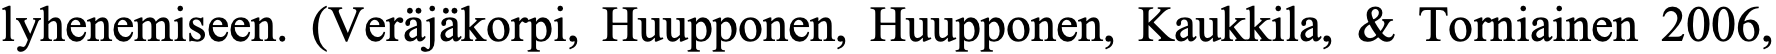
lyhenemiseen. (Veräjäkorpi, Huupponen, Huupponen, Kaukkila, & Torniainen 2006,